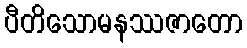
ပီတိသောမနဿဇာတော